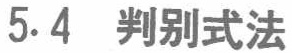
5.4 判别式法